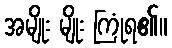
အမျိုး မျိုး ကြုံရ၏။